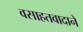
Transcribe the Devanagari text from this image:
वसाहतवादाने